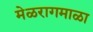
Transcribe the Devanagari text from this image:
मेळरागमाळा